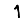
Digit: 1